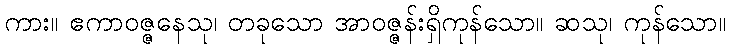
ကား။ ဧကာဝဇ္ဇနေသု၊ တခုသော အာဝဇ္ဇန်းရှိကုန်သော။ ဆသု၊ ကုန်သော။